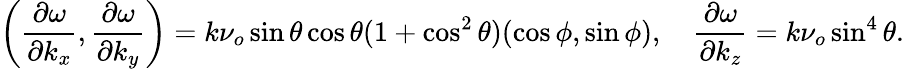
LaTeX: \left(\frac{\partial\omega}{\partial k_{x}},\frac{\partial\omega}{\partial k_{y}}\right)=k\nu_{o}\sin\theta\cos\theta(1+\cos^{2}\theta)(\cos\phi,\sin\phi),\quad\frac{\partial\omega}{\partial k_{z}}=k\nu_{o}\sin^{4}\theta.